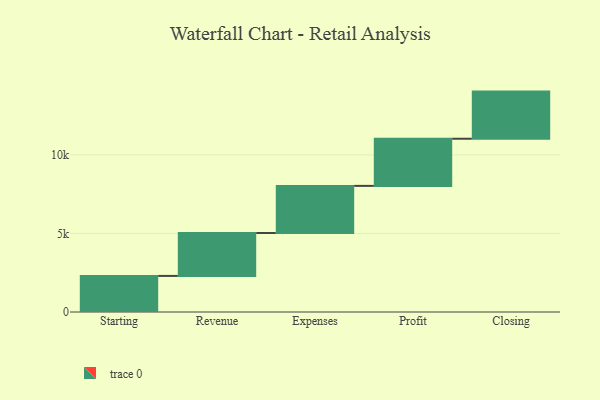
{"axis": {"x": "Step", "y": "Value"}, "legend": [""], "data": [{"x": "Starting", "y": 2296.0, "type": ""}, {"x": "Revenue", "y": 2730.0, "type": ""}, {"x": "Expenses", "y": 3000, "type": ""}, {"x": "Profit", "y": 3000, "type": ""}, {"x": "Closing", "y": 3000, "type": ""}]}